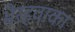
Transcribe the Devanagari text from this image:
भैरहवाका